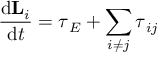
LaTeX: { \frac { \mathrm { d } \mathbf { L } _ { i } } { \mathrm { d } t } } = { \boldsymbol { \tau } } _ { E } + \sum _ { i \neq j } { \boldsymbol { \tau } } _ { i j }